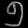
Digit: ၅